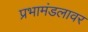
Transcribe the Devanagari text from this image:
प्रभामंडलावर